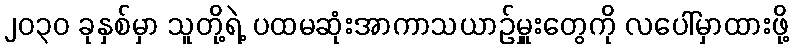
၂၀၃၀ ခုနှစ်မှာ သူတို့ရဲ့ ပထမဆုံးအာကာသယာဉ်မှူးတွေကို လပေါ်မှာထားဖို့